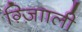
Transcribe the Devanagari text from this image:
ग़्ज़ाािली